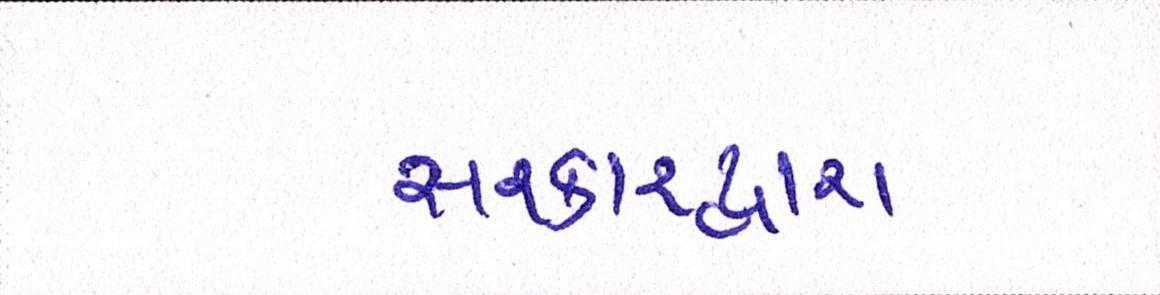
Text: સરકારદ્વારા